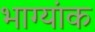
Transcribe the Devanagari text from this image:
भाग्यांक